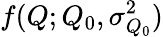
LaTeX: f(Q;Q_{0},\sigma_{Q_{0}}^{2})